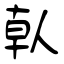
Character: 倝